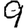
Digit: 9